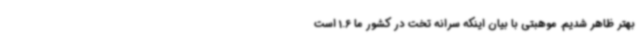
بهتر ظاهر شدیم. موهبتی با بیان اینکه سرانه تخت در کشور ما 1.6 است